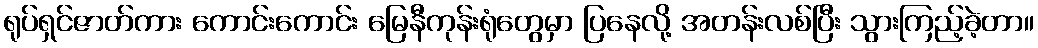
ရုပ်ရှင်ဇာတ်ကား ကောင်းကောင်း မြေနီကုန်းရုံတွေမှာ ပြနေလို့ အတန်းလစ်ပြီး သွားကြည့်ခဲ့တာ။